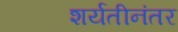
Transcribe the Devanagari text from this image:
शर्यतीनंतर